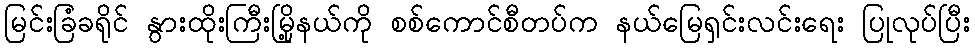
မြင်းခြံခရိုင် နွားထိုးကြီးမြို့နယ်ကို စစ်ကောင်စီတပ်က နယ်မြေရှင်းလင်းရေး ပြုလုပ်ပြီး